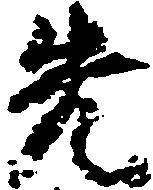
先